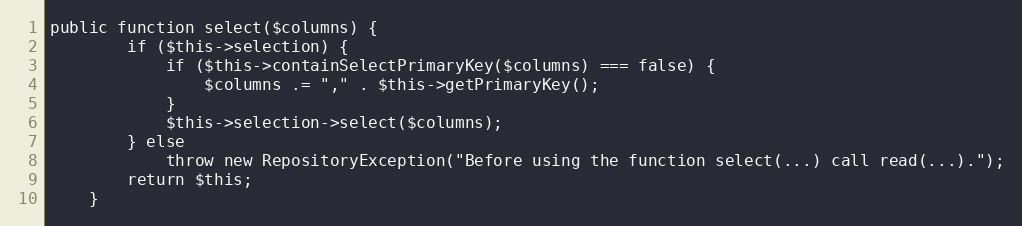
Language: PHP
public function select($columns) {
		if ($this->selection) {
			if ($this->containSelectPrimaryKey($columns) === false) {
				$columns .= "," . $this->getPrimaryKey();
			}
			$this->selection->select($columns);
		} else
			throw new RepositoryException("Before using the function select(...) call read(...).");
		return $this;
	}